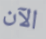
الآن